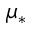
\mu _ { * }